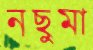
নছুমা